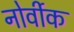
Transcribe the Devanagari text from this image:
नोर्वीक